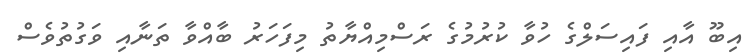
އިބޫ އާއި ފައިސަލްގެ ހުވާ ކުރުމުގެ ރަސްމިއްޔާތު މިފަހަރު ބާއްވާ ތަނާއި ވަގުތުވެސް